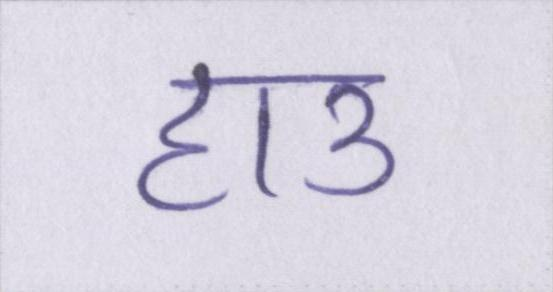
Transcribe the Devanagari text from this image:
हाउ